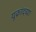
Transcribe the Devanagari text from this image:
युक्रांदच्या